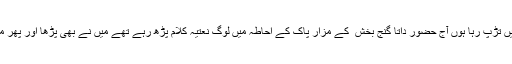
میں حضور نبی کریم ﷺ کی یاد میں تڑپ رہا ہوں آج حضور داتا گنج بخش ؒ کے مزار پاک کے احاطہ میں لوگ نعتیہ کلام پڑھ رہے تھے میں نے بھی پڑھا اور پھر مجھے اپنی محرومی پر رونا آ گیا۔